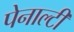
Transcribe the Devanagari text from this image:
पेनाल्‍टी